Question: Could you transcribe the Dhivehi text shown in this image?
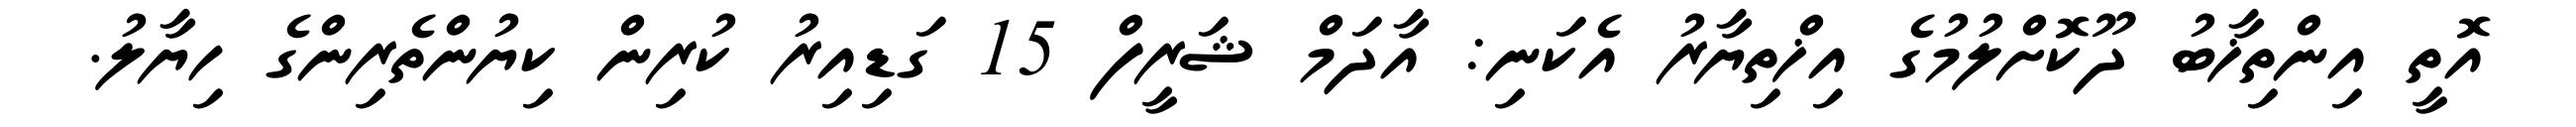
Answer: އޮތީ އިންތިޚާބު ދޫކޮށްލުމުގެ އިޚްތިޔާރު އެކަނި: އާދަމް ޝަރީފް 15 ގަޑިއިރު ކުރިން ކިޔުންތެރިންގެ ހިޔާލު.